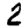
Digit: 2